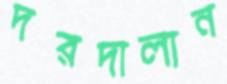
দরদালান